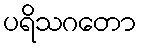
ပရိသဂတော